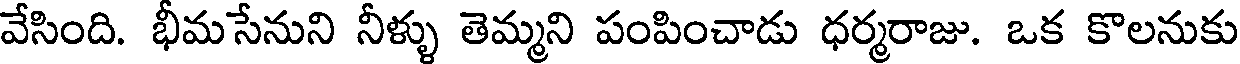
వేసింది. భీమసేనుని నీళ్ళు తెమ్మని పంపించాడు ధర్మరాజు. ఒక కొలనుకు